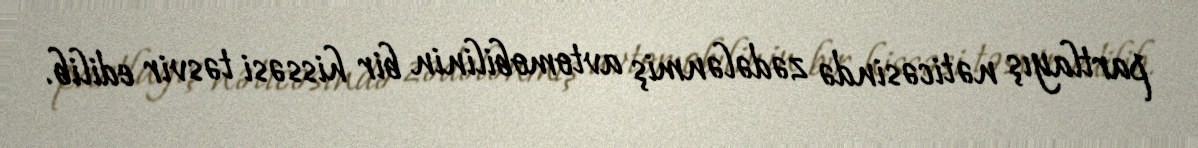
partlayış nəticəsində zədələnmiş avtomobilinin bir hissəsi təsvir edilib.